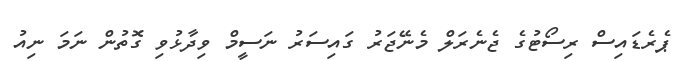
ޕެރެޑައިސް ރިސޯޓުގެ ޖެނެރަލް މެނޭޖަރު ގައިސަރު ނަސީމް ވިދާޅުވި ގޮތުން ނަމަ ނިއު